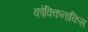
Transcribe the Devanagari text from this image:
कोक्किनाकिस